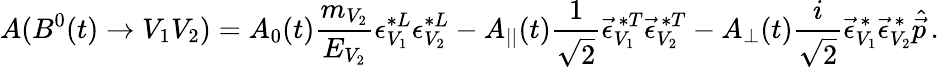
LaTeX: A(B^{0}(t)\to V_{1}V_{2})=A_{0}(t)\frac{m_{V_{2}}}{E_{V_{2}}}\epsilon_{V_{1}}^{*L}\epsilon_{V_{2}}^{*L}-A_{||}(t)\frac{1}{\sqrt{2}}\vec{\epsilon}_{V_{1}}^{\, *T}\vec{\epsilon}_{V_{2}}^{\, *T}-A_{\bot}(t)\frac{i}{\sqrt{2}}\vec{\epsilon}_{V_{1}}^{\, *}\vec{\epsilon}_{V_{2}}^{\, *}\hat{\vec{p}}\, .